Annual report of the Punjab Veterinary College and of the Civil Veterinary Department, Punjab - 1909-1919
Year: 1909
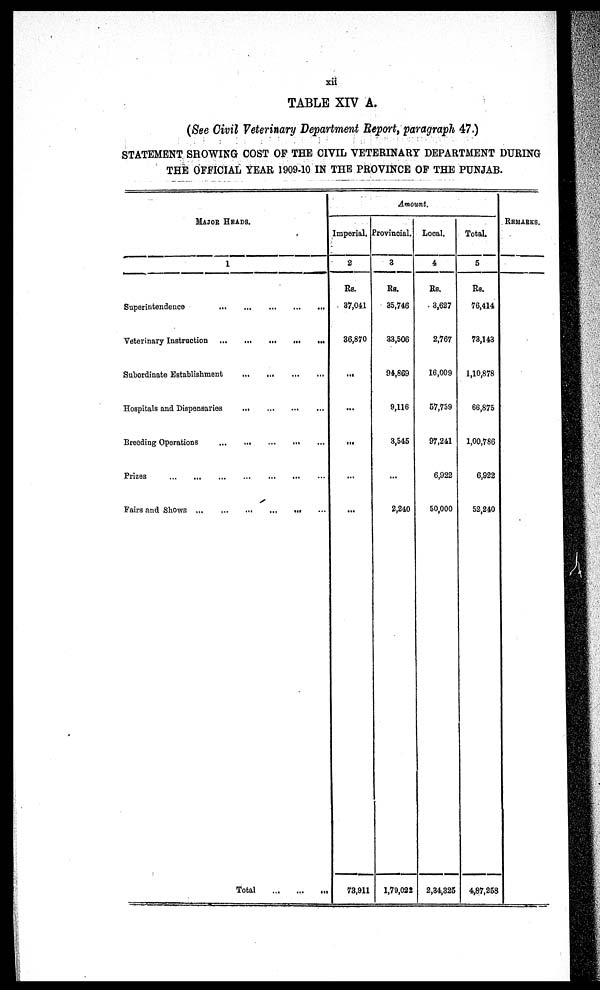
xii
TABLE XIV A.
(See Civil Veterinary Department Report, paragraph 47.)
STATEMENT SHOWING COST OF THE CIVIL VETERINARY DEPARTMENT DURING
THE OFFICIAL YEAR 1909-10 IN THE PROVINCE OF THE PUNJAB.
MAJOR HEADS.
1
Superintendence
…
…
…
…
…
Veterinary Instruction
…
…
…
…
…
Subordinate Establishment … … … …
Hospitals and Dispensaries … … … …
Breeding Operations … … … … …
Prizes … … … … … … …
Fairs and Shows … … … … … ...
Total … … …
Amount.
Imperial.
2
Rs.
37,041
36,870
...
...
...
...
…
73,911
Provincial.
3
Rs.
35,746
33,506
94,869
9,116
3,545
...
2,240
1,79,022
Local.
4
Rs.
3,627
2,767
16,009
57,759
97,241
6,922
50,000
2,34,325
Total.
5
Rs.
76,414
73,143
1,10,878
66,875
1,00,786
6,922
52,240
4,87,258
REMARKS.